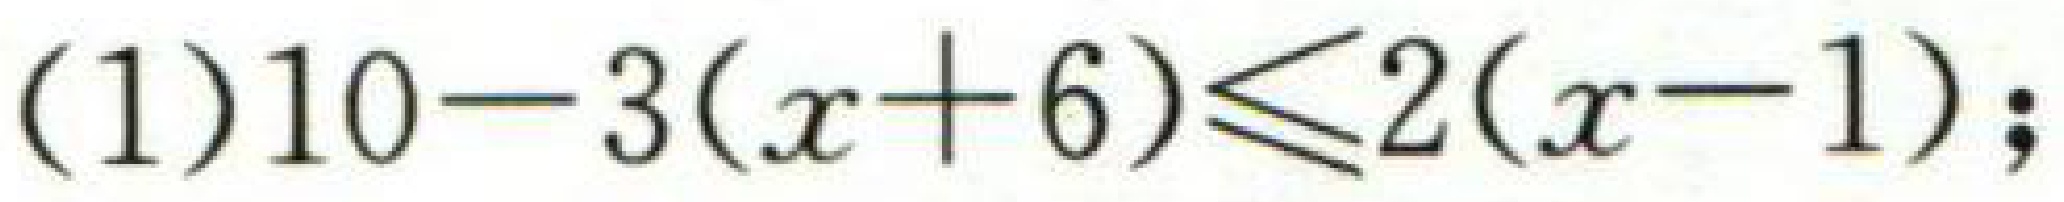
（1）$10 - 3(x + 6) \leq 2(x - 1)$；